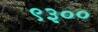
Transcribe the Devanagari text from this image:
९३००